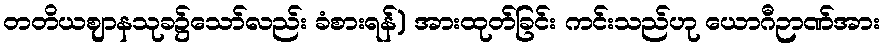
တတိယဈာနသုခ၌သော်လည်း ခံစားရန်) အားထုတ်ခြင်း ကင်းသည်ဟု ယောဂီဉာဏ်အား